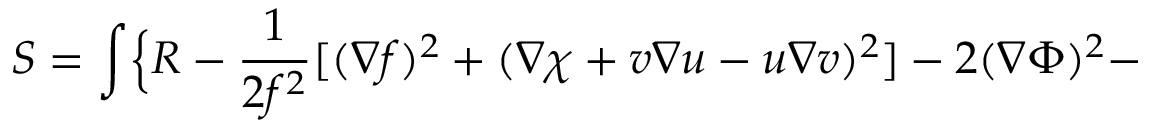
S = \int \Bigl \{ { \cal R } - \frac { 1 } { 2 f ^ { 2 } } [ ( \nabla f ) ^ { 2 } + ( \nabla \chi + v \nabla u - u \nabla v ) ^ { 2 } ] - 2 ( \nabla \Phi ) ^ { 2 } -